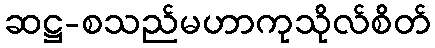
ဆဋ္ဌ-စသည်မဟာကုသိုလ်စိတ်